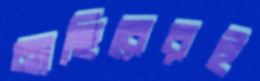
নাছিরেরই